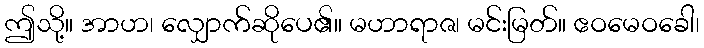
ဤသို့။ အာဟ၊ လျှောက်ဆိုပေ၏။ မဟာရာဇ၊ မင်းမြတ်။ ဧဝမေဝခေါ၊